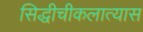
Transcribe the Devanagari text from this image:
सिद्धीचीकलात्यास